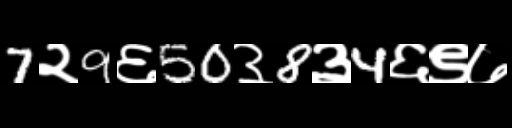
Text: 7२9६50३8३4६९७